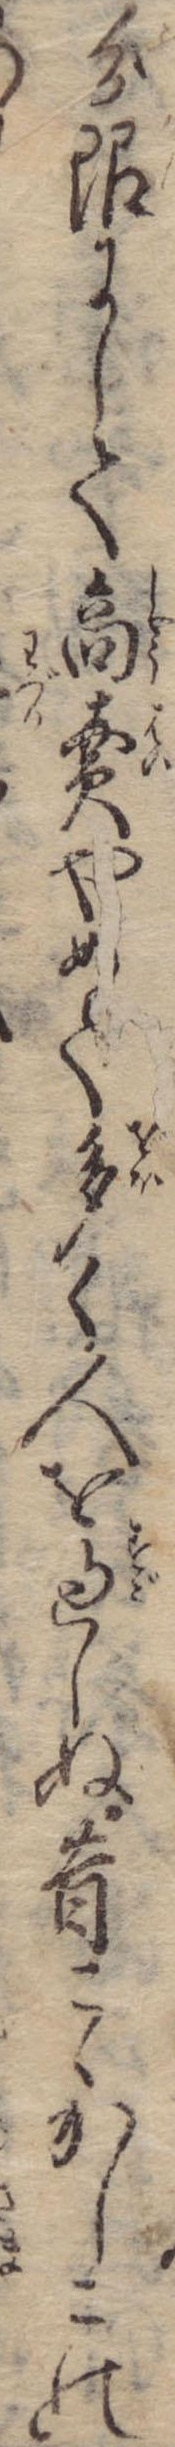
分限にして商売やめて多く人を過しぬ昔こゝかしこの